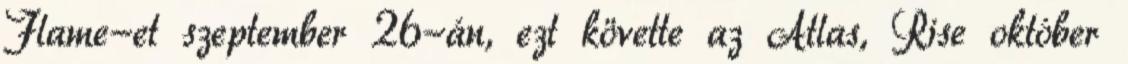
Flame-et szeptember 26-án, ezt követte az Atlas, Rise október